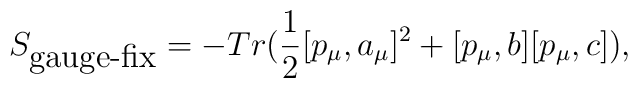
S_{\mbox{gauge-fix}}=-Tr( \frac{1}{2}[p_{\mu},a_{\mu}]^{2}+[p_{\mu},b][p_{\mu},c] ) ,